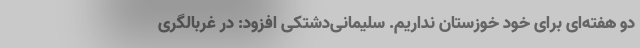
دو هفته‌ای برای خود خوزستان نداریم. سلیمانی‌دشتکی افزود: در غربالگری